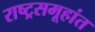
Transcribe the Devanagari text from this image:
राष्ट्रसमूहांत